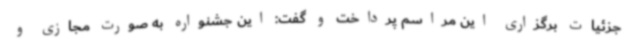
جزئیات برگزاری این مراسم پرداخت و گفت: این جشنواره به صورت مجازی و